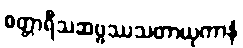
စတ္တာရီသဆဗ္ဗဿသတာယုကာနံ